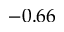
- 0 . 6 6